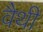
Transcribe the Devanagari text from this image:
वैथी